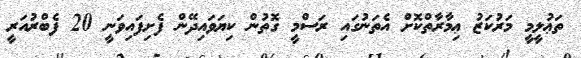
ތަޢުލީމީ މަރުކަޒު ޢިމާރާތްކޮށް އެތަނުގައި ރަސްމީ ގޮތުން ކިޔަވައިދޭން ފެށިފައިވަނީ 20 ފެބްރުއަރީ